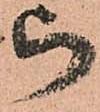
被